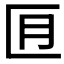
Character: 𪟬